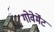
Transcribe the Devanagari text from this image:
गोवेर्मेंट